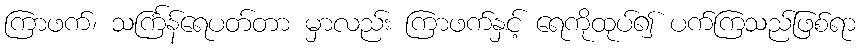
ကြာဖက်၊ သင်္ကြန်ရေပတ်တာ မှာလည်း ကြာဖက်နှင့် ရေကိုထုပ်၍ ပက်ကြသည်ဖြစ်ရာ